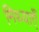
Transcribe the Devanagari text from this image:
मिथ्याएँ